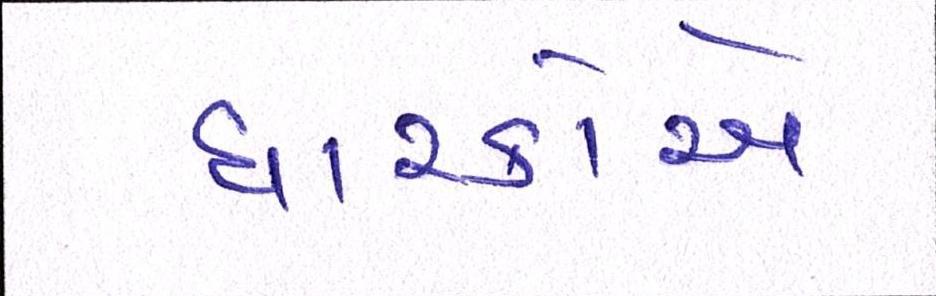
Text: ધારકોએ